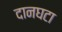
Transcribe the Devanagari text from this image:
दानघटा